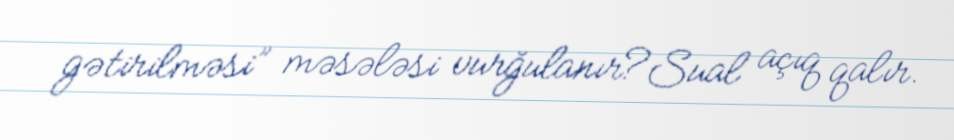
gətirilməsi” məsələsi vurğulanır?Sual açıq qalır.